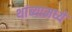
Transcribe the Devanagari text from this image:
थांब्यामध्ये